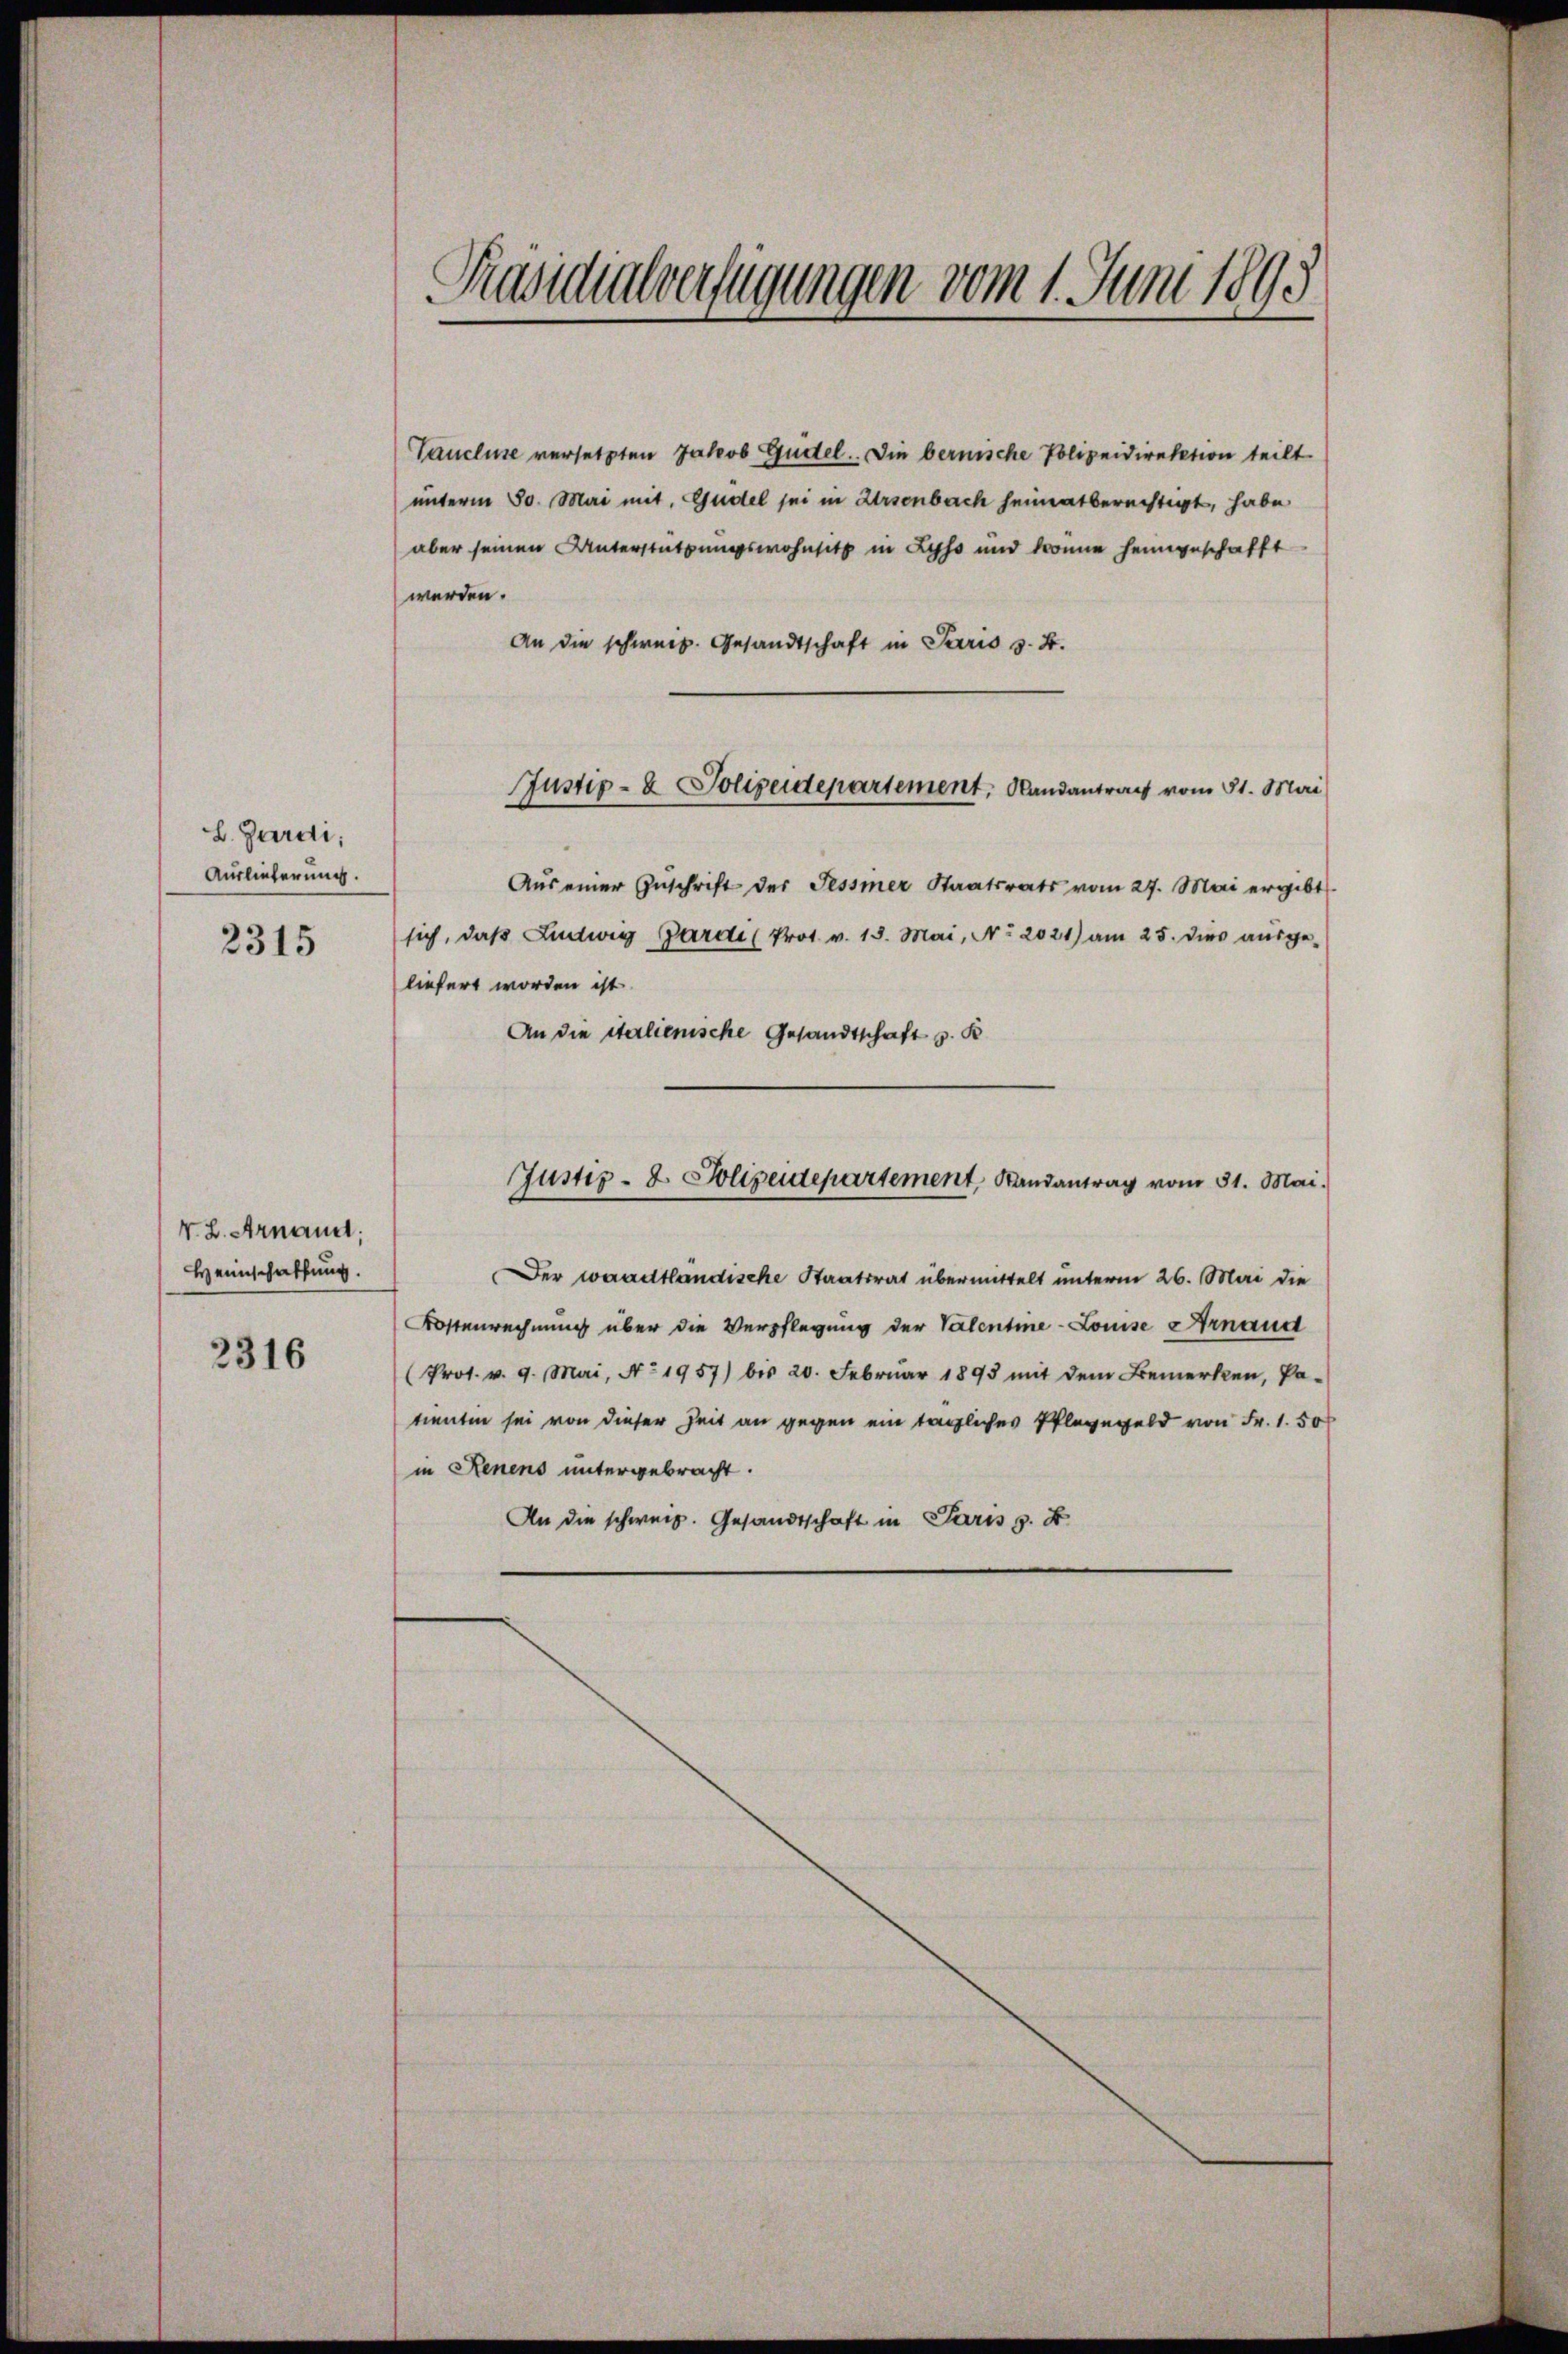
L. Gardi,
Auslieferung.
2315

V. B. Arnand;
Heimschaffung.
2316

Präsidialverfügungen vom 1. Juni 1895

Tancluse versetzten Jakob Gudel. Die bernische Polizeidirektion teilt.
unterm 30. Mai mit. Gudel sei in Arsenbach heimatberechtigt, habe
aber seinen Unterstützungswohnsitz in Lyss und könne heimgeschafft
werden.
An die schweiz. Gesandtschaft in Paris v. 4.
Aŭs einer Zŭschrift des Tessier Staatsrats vom 27. Mai ergibt
sich, daß Ludwig Garde (Prot. v. 18. Mai, No. 2021) am 25. dies ausge-
liefert worden ist
An die italienische Gesandtschaft v. K
Justiz- & Polizeidepartement, Randantrag vom 31. Mai.
Der waadtländische Staatsrat übermittelt unterm 26. Mai die
Kostenrechnung über die Verpflegung der Valentme-Louise Ernand
(Prot. v. 9. Mai, No 1957) bis 20. Februar 1895 mit dem Bemerken, Pa-
tientin sei von dieser Zeit an gegen ein tägliches Pfleggeld von Fr. 1.50
in Renens untergebracht.
An die schweiz. Gesandtschaft in Paris s. F

Justiz- & Polizeidepartement, Randantrag vom 31. Mai